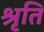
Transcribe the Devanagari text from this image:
श्रृति